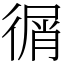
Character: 㣯